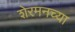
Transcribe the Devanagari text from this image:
शेरमनच्या